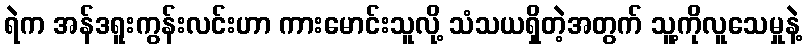
ရဲက အန်ဒရူးကွန်းလင်းဟာ ကားမောင်းသူလို့ သံသယရှိတဲ့အတွက် သူ့ကိုလူသေမှုနဲ့